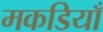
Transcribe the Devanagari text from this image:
मकडियाँ